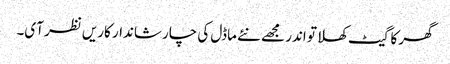
گھر کا گیٹ کھلا تو اندر مجھے نئے ماڈل کی چار شاندار کاریں نظر آی۔